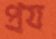
প্রয